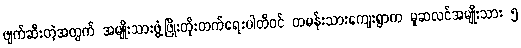
ဖျက်ဆီးတဲ့အတွက် အမျိုးသားဖွံ့ဖြိုးတိုးတက်ရေးပါတီဝင် တမန်းသားကျေးရွာက မူဆလင်အမျိုးသား ၅